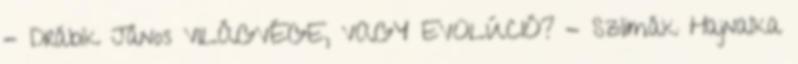
- Drábik János VILÁGVÉGE, VAGY EVOLÚCIÓ? - Szlimák Hajnalka